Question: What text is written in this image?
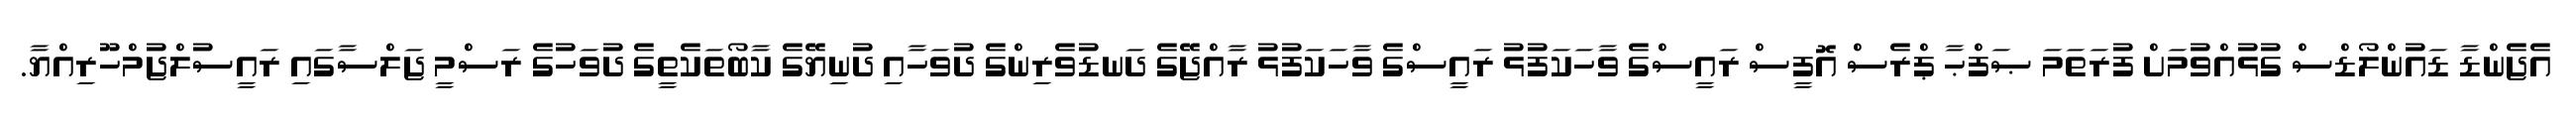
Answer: އެޖެންޑާ ޑައުންލޯޑްސް ގުޅުއްވުމަށް ފުރަތަމަ ޞަފްޙާ ޕްރެސް އޮފީސް ރައީސްގެ ވާހަކަފުޅު ރައީސްގެ ވާހަކަފުޅު ރާއްޖޭގެ ދަނޑުވެރިންގެ ދުވަހާއި ދުނިޔޭގެ ކާބޯތަކެތީގެ ދުވަހުގެ ރަސްމީ ޖަލްސާގައި ރައީސުލްޖުމްހޫރިއްޔާ.